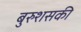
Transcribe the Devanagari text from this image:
बुरुशसकी